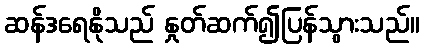
ဆန်ဒရေနိုသည် နှုတ်ဆက်၍ပြန်သွားသည်။